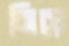
মিয়ে